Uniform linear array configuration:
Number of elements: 4
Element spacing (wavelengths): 0.75
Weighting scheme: hamming
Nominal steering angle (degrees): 15
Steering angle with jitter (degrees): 14.332
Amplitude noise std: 0.05
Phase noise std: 0.05

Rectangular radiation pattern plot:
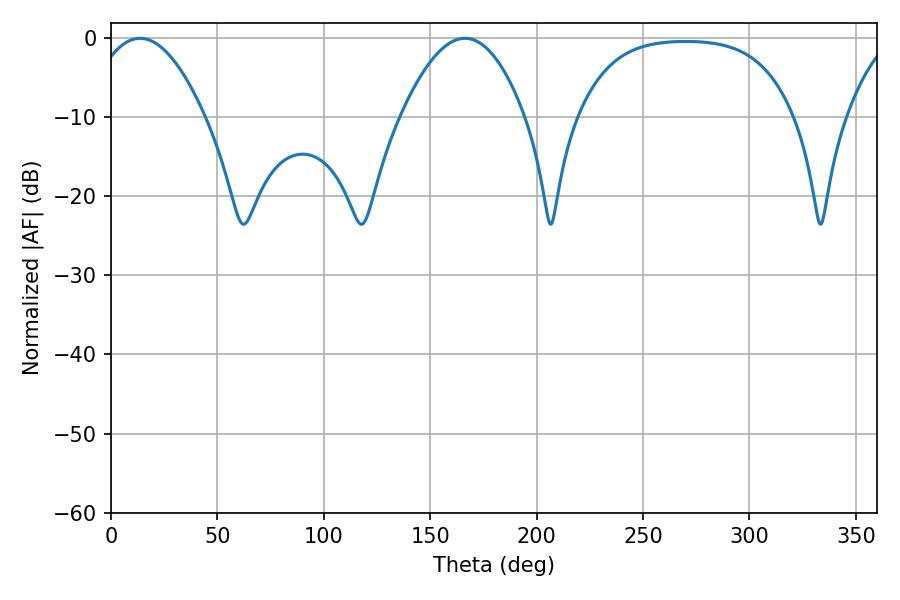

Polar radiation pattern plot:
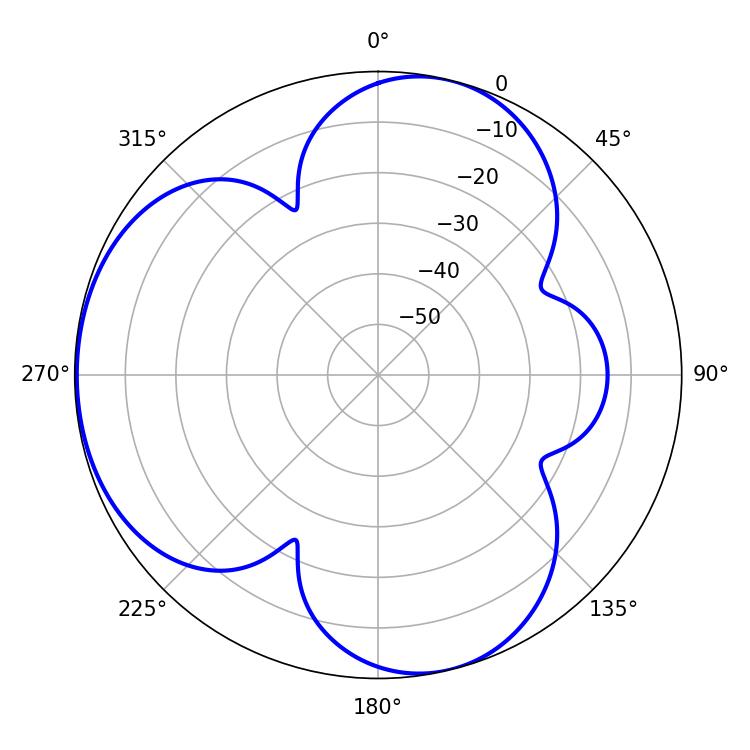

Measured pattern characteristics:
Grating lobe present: TRUE
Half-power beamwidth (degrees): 30.06
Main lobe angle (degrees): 13.68